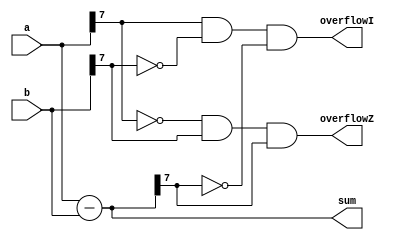
module exp_summer(a,b,sum,overflowI, overflowZ);

	input [7:0] a,b;
	output [7:0] sum;
	output overflowI, overflowZ;
	
	assign sum=a-b;
	assign overflowI = (a[7]&(~b[7])&(~sum[7]));
	assign overflowZ = ((~a[7])&(b[7])&sum[7]);


endmodule